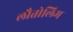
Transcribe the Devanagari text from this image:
लौतोलिम